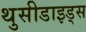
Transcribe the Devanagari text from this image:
थुसीडाइड्स